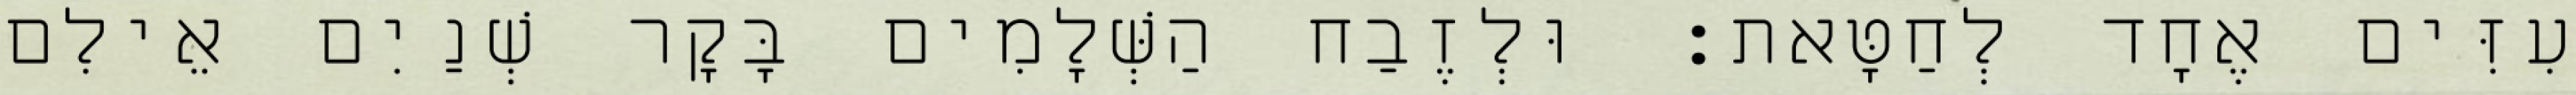
עִזִּים אֶחָד לְחַטָּאת׃ וּלְזֶבַח הַשְּׁלָמִים בָּקָר שְׁנַיִם אֵילִם